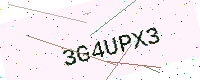
Text: 3G4UPX3